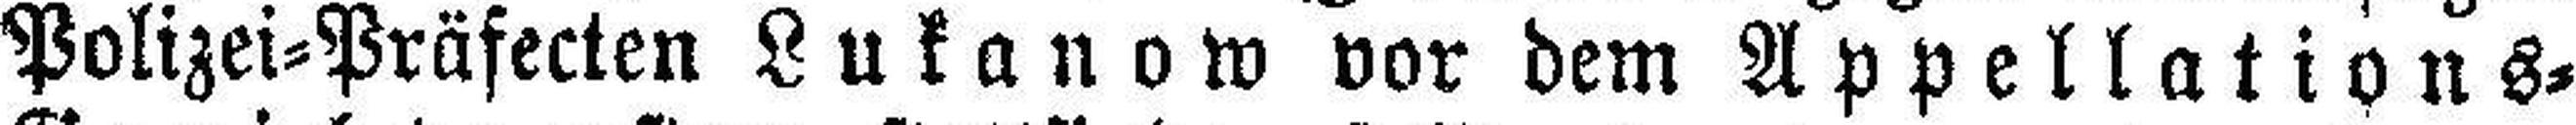
Polizei=Präfecten Lukanow vor dem Appellations¬